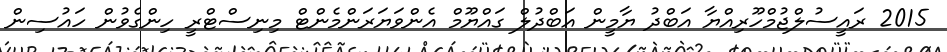
2015 ރައީސުލްޖުމްހޫރިއްޔާ އަބްދު ޔާމީން އަބްދުލް ގައްޔޫމް އެންވަޔަރަންމެންޓް މިނިސްޓްރީ ހިންގެވުން ހައުސިން